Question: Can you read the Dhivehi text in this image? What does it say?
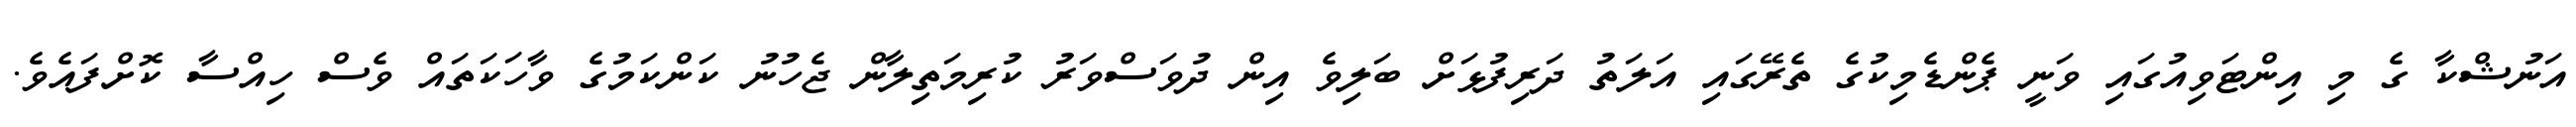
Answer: އަނުޝްކާ ގެ މި އިންޓަވިއުގައި ވަނީ ޕެންޑެމިކުގެ ތެރޭގައި އަލަތު ދަރިފުޅަށް ބަލިވެ އިން ދުވަސްވަރު ކުރިމަތިލާން ޖެހުނު ކަންކަމުގެ ވާހަކަތައް ވެސް ހިއްސާ ކޮށްފައެވެ.